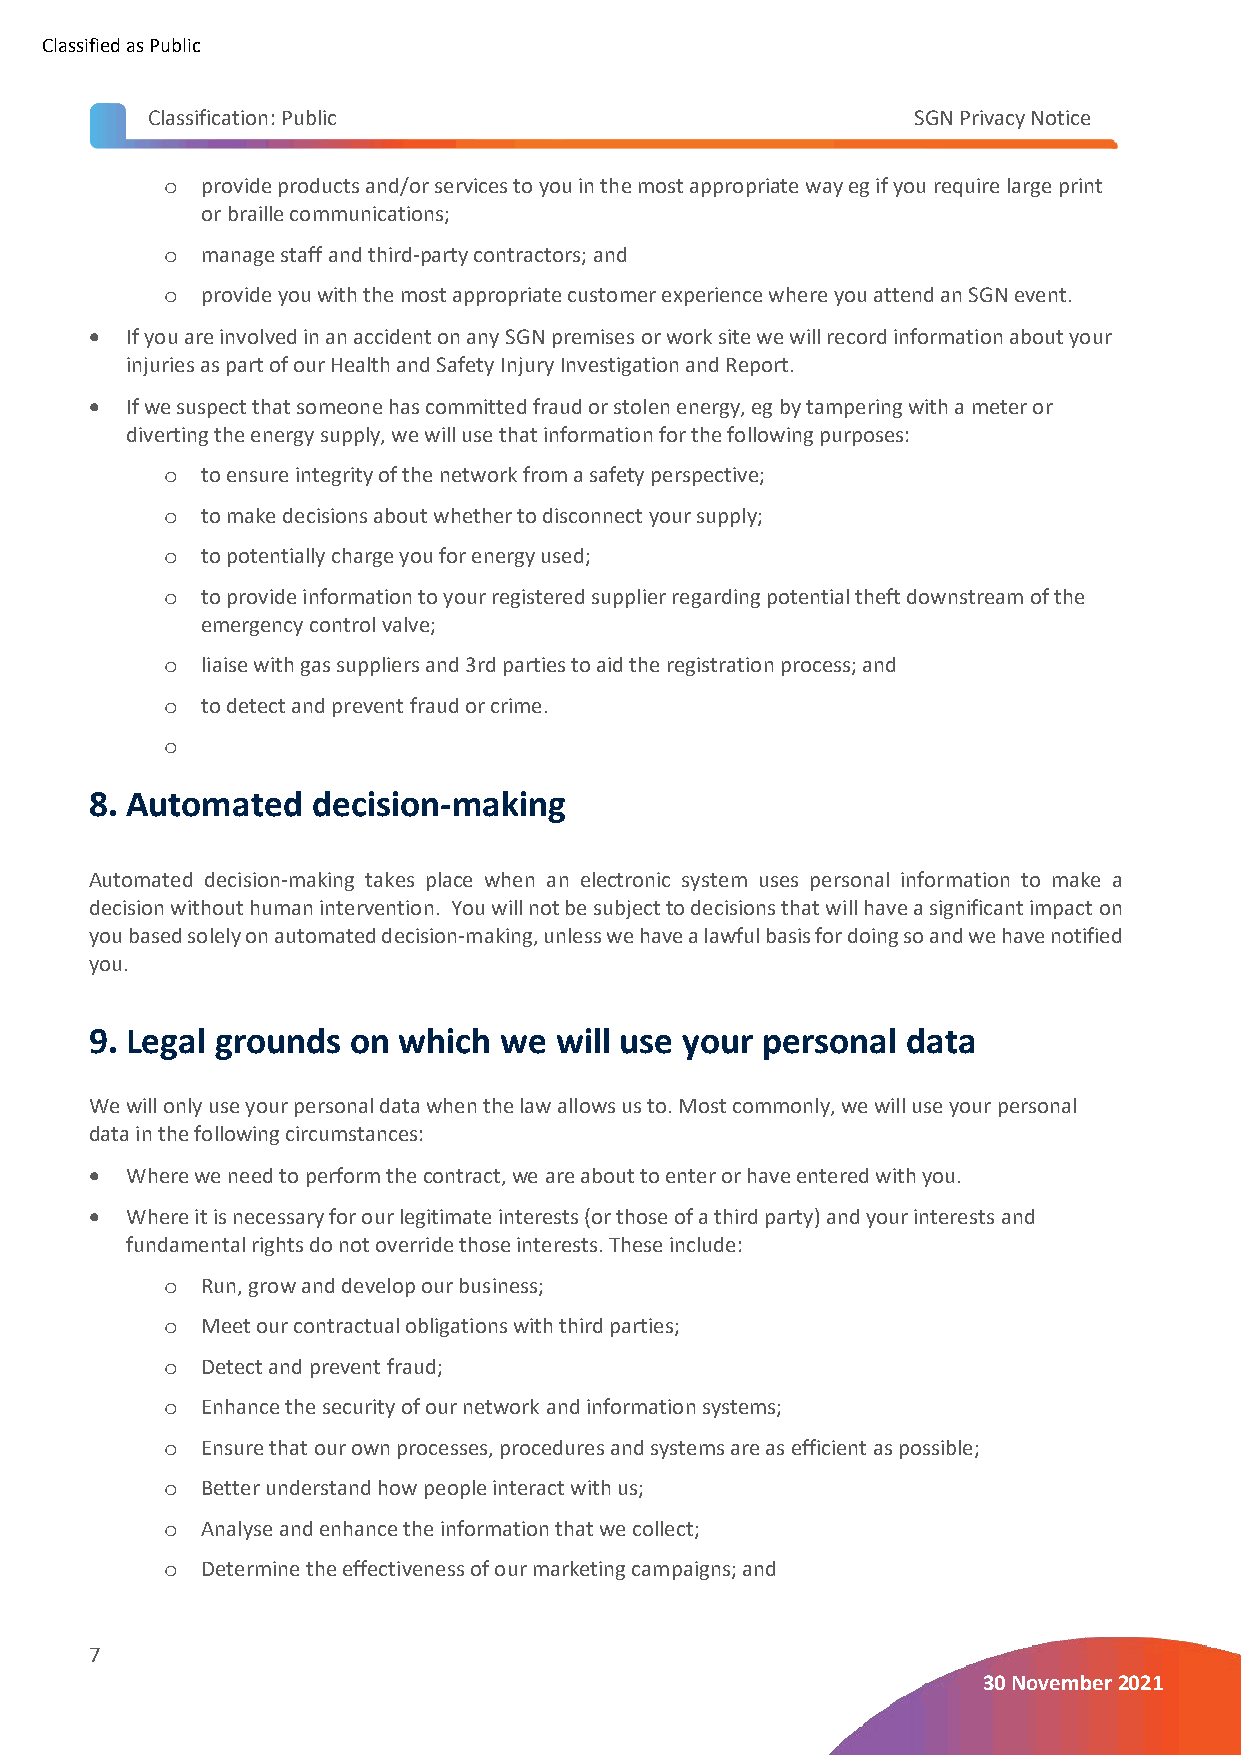
Classified as Public
 Classification: Public                            SGN Privacy Notice
 provide products and/or services to you in the most appropriate way eg if you require large print
 o
 or braille communications;
 manage staff and third-party contractors; and
 o
 provide you with the most appropriate customer experience where you attend an SGN event.
 o
 • If you are involved in an accident on any SGN premises or work site we will record information about your
 injuries as part of our Health and Safety Injury Investigation and Report.
 • If we suspect that someone has committed fraud or stolen energy, eg by tampering with a meter or
 diverting the energy supply, we will use that information for the following purposes:
 to ensure integrity of the network from a safety perspective;
 o
 to make decisions about whether to disconnect your supply;
 o
 to potentially charge you for energy used;
 o
 to provide information to your registered supplier regarding potential theft downstream of the
 o
 emergency control valve;
 liaise with gas suppliers and 3rd parties to aid the registration process; and
 o
 to detect and prevent fraud or crime.
 o
 o
 8. Automated   decision-making
 Automated decision-making takes place when an electronic system uses personal information to make a
 decision without human intervention. You will not be subject to decisions that will have a significant impact on
 you based solely on automated decision-making, unless we have a lawful basis for doing so and we have notified
 you.
 9. Legal grounds on which  we  will use your personal data
 We will only use your personal data when the law allows us to. Most commonly, we will use your personal
 data in the following circumstances:
 • Where we need to perform the contract, we are about to enter or have entered with you.
 • Where it is necessary for our legitimate interests (or those of a third party) and your interests and
 fundamental rights do not override those interests. These include:
 Run, grow and develop our business;
 o
 Meet our contractual obligations with third parties;
 o
 Detect and prevent fraud;
 o
 Enhance the security of our network and information systems;
 o
 Ensure that our own processes, procedures and systems are as efficient as possible;
 o
 Better understand how people interact with us;
 o
 Analyse and enhance the information that we collect;
 o
 Determine the effectiveness of our marketing campaigns; and
 o
 7
 30 November 2021